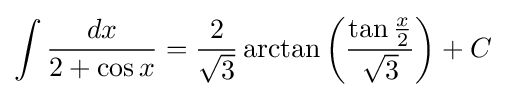
\int {\frac {dx}{2+\cos x}}={\frac {2}{\sqrt {3}}}\arctan \left({\frac {\tan {\frac {x}{2}}}{\sqrt {3}}}\right)+C